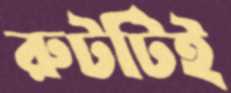
রুটটিই